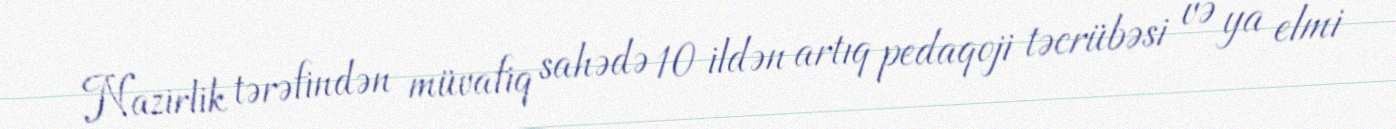
Nazirlik tərəfindən müvafiq sahədə 10 ildən artıq pedaqoji təcrübəsi və ya elmi